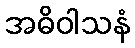
အဓိဝါသနံ